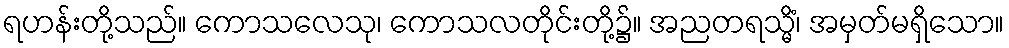
ရဟန်းတို့သည်။ ကောသလေသု၊ ကောသလတိုင်းတို့၌။ အညတရသ္မိံ၊ အမှတ်မရှိသော။